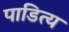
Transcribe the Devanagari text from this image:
पाडित्य